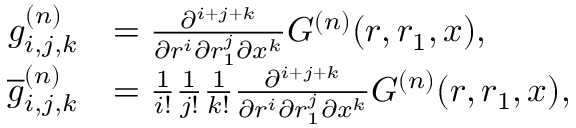
\begin{array} { r l } { g _ { i , j , k } ^ { ( n ) } } & { = \frac { \partial ^ { i + j + k } } { \partial r ^ { i } \partial r _ { 1 } ^ { j } \partial x ^ { k } } G ^ { ( n ) } ( r , r _ { 1 } , x ) , } \\ { \overline { { g } } _ { i , j , k } ^ { ( n ) } } & { = \frac { 1 } { i ! } \frac { 1 } { j ! } \frac { 1 } { k ! } \frac { \partial ^ { i + j + k } } { \partial r ^ { i } \partial r _ { 1 } ^ { j } \partial x ^ { k } } G ^ { ( n ) } ( r , r _ { 1 } , x ) , } \end{array}